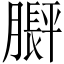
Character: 𬛙